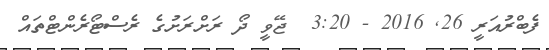
ފެބްރުއަރީ 26